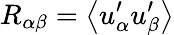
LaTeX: R_{\alpha\beta}=\left\langle u_{\alpha}^{\prime}u_{\beta}^{\prime}\right\rangle